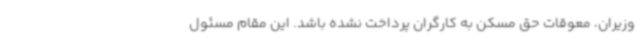
وزیران، معوقات حق مسکن به کارگران پرداخت نشده باشد. این مقام مسئول